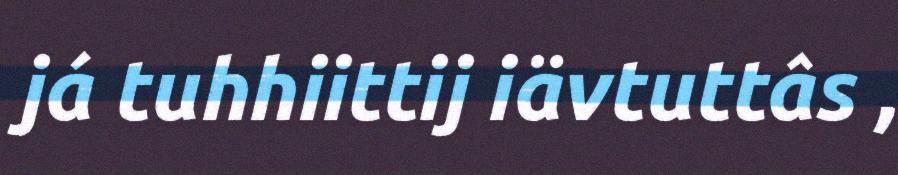
já tuhhiittij iävtuttâs ,